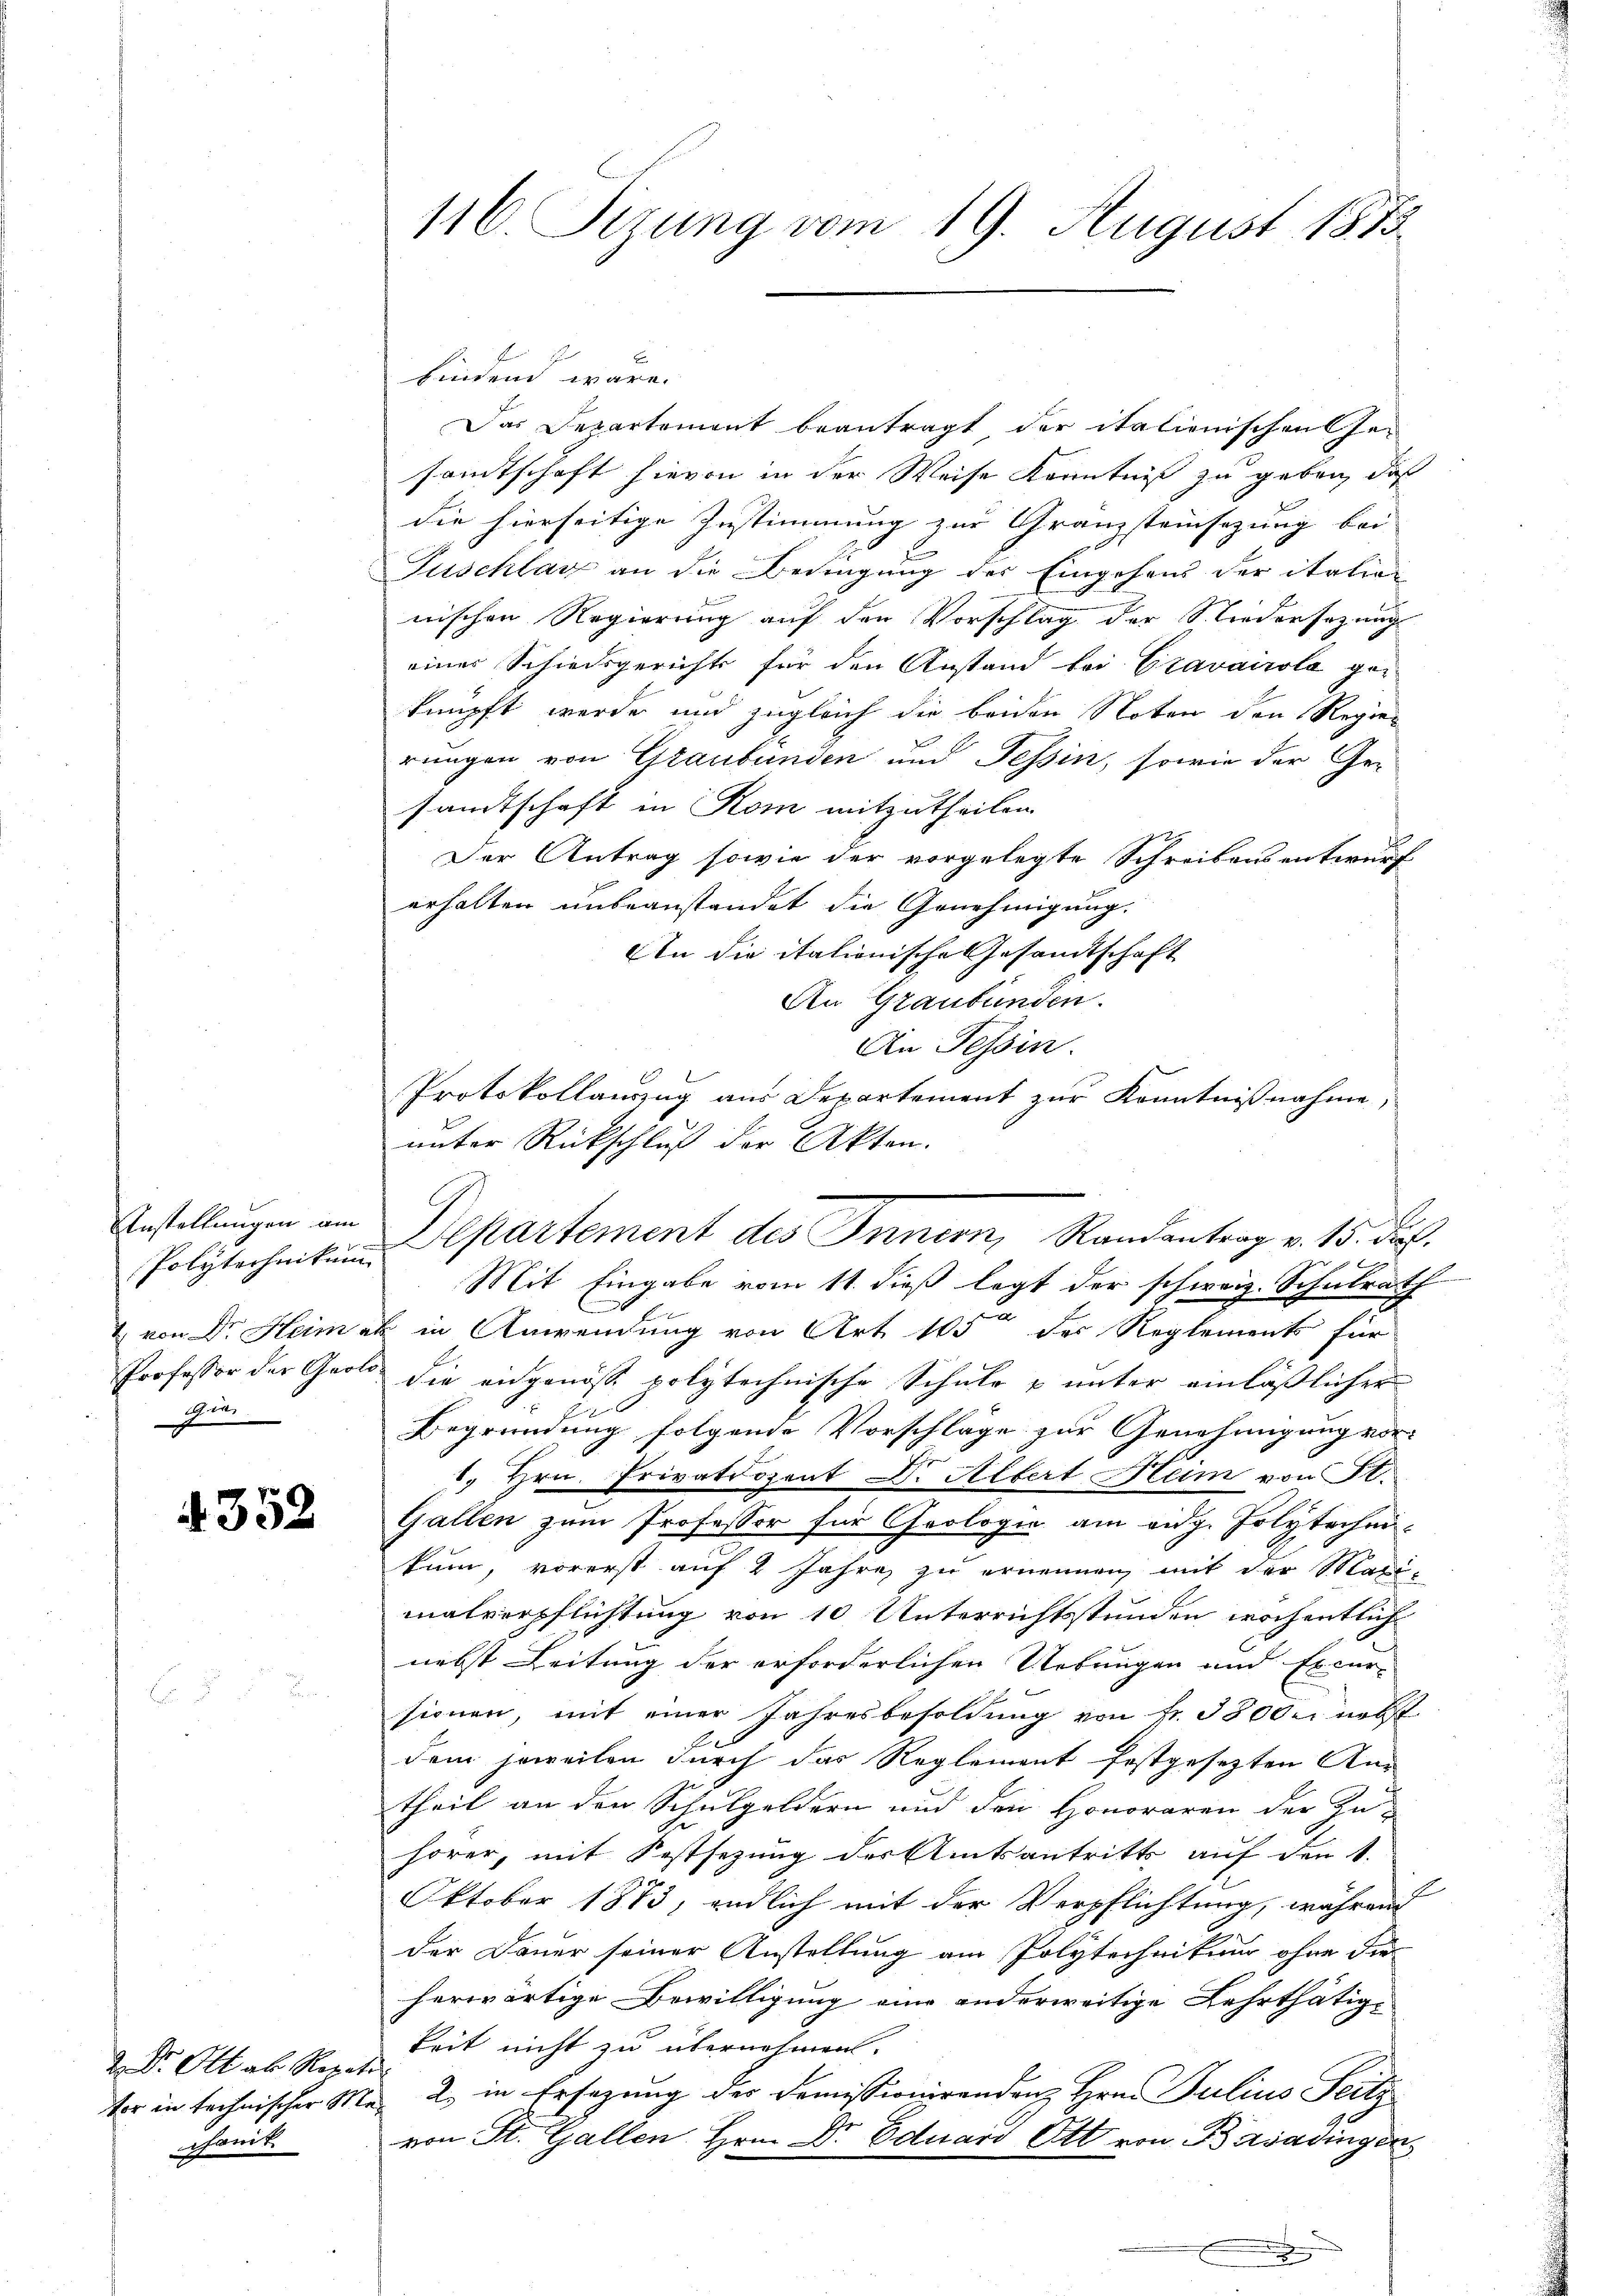
Anstellungen am
Polytechnikum
1 von Dr. Heim.
Professor der Gart
Zin

352

2. Dr. Ott ab Reze
ter in technischer M
comit

116. Sizung vom 19. August 1875

findend wäre.
Das Departement beantragt der italienischen Gesamtschaft hievon in der Weise Kenntniß zu geben, daß
die hierseitige Zustimmung zur Granzsteinsezung bei
d
Tuschlag an die Bedingung des Eingehens der italie
nischen Regierung auf den Vorschlag der Niedersezung
einer Schiedsgerichts für den Anstand bei Cravairola geknüpft werde und zugleich die beiden Noten den Regier
rungen von Graubünden und Tessin, sowie der Gesandtschaft in Kom mitzutheilen.
Der Antrag sowie der vorgelegte Schreibens entwurf
erhalten unbeanstandet die Genehmigung.
An die italionische Gesandtschaft
An Graubünden.
An Tessin.
Protokollauszug aus Departement zur Kenntnißnahme,
unter Rückschluß der Akten.
Mit Eingabe vom 11. dieß legt der schweiz. Schulrath
n
E in Anwendung von Art. 105 der Reglements für
E
 die angenoss polytechnische Schule u unter einläßlicher
2
Begründung folgende Vorschläge zur Genehmigung vor-
1. Hrn. Privatdozent Dr. Albert Heim von St.
Gallen zum Professor für Cheologie am eidg. Polytechnikum, vorerst auf 2 Jahre zu ernennen, mit der Marimalverpflichtung von 10 Unterrichtsstunden wöchentlich
nebst Leitung der erforderlichen Uebungen und Excur-
sionen, mit einer Jahresbesoldung von fr. 38000 nebst
dem jeweilen durch das Reglement festgesetzten An-
theil an den Schulgeldern und den Honoraren der Zu-
hörer, mit Festsezung des Amtsantritt auf den 1.
Oktober 1873, endlich mit der Verpflichtung, währen
der Dauer seiner Anstellung am Polytecheitung ohne die
herwärtige Bewilligung eine anderweitige Lehrthätig-
keit nicht zu übernehmen.
h
2. in Ersezung der Demissionirendenz Hrn. Julius Feitz
von St. Gallen. Hrn. Dr. Eduard Ott von Basadingen
.

Departement des Innern, Randantrag v. 15. Fuß.